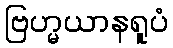
ဗြဟ္မယာနရူပံ